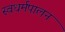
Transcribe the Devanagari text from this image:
स्वधर्मपालन